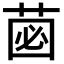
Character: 𮏗